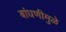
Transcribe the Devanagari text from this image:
बांधणीमुळे